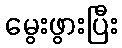
မွေးဖွားပြီး